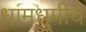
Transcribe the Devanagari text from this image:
धामधुमीचे